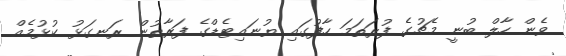
ވެން ހާލް ބުނީ މެޗުގެ ފުރަތަމަ ހާފުގައި ޔުނައިޓެޑްގެ ފަރާތުން ރަނގަޅު ކުޅުމެއް